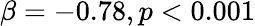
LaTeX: \beta=-0.78,p<0.001